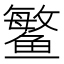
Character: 鳘